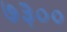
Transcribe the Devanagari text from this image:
७३००